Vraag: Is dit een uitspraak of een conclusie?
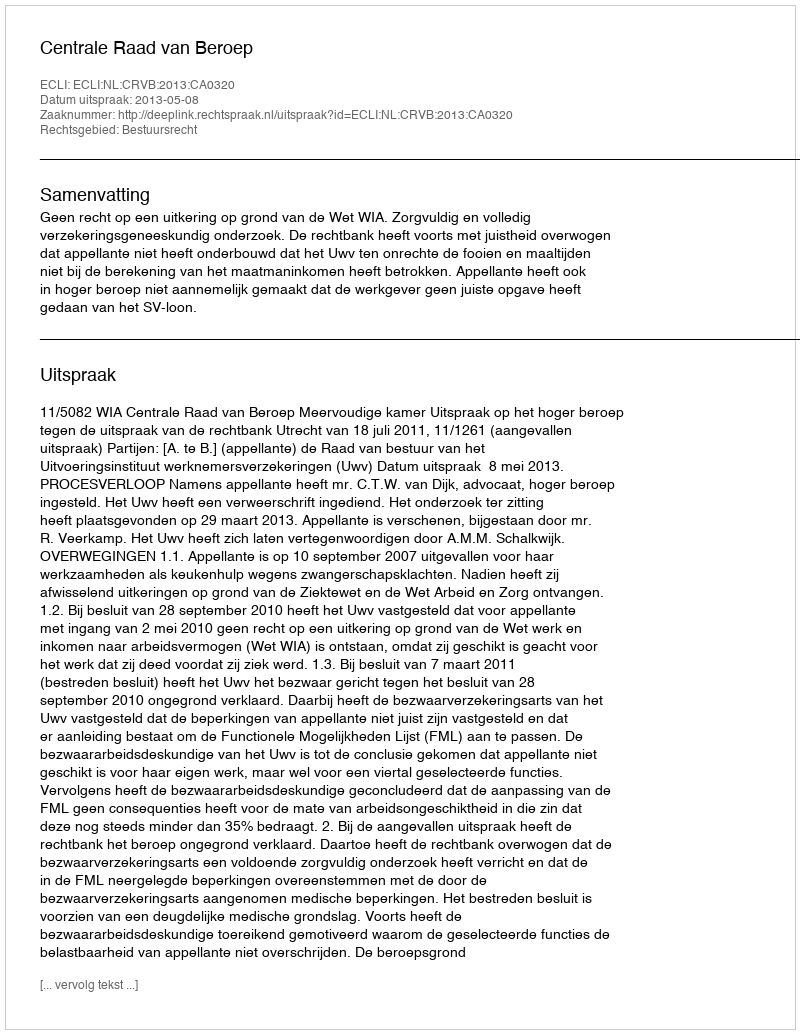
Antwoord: Uitspraak